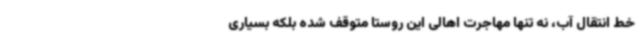
خط انتقال آب، نه تنها مهاجرت اهالی این روستا متوقف شده بلکه بسیاری